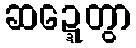
ဆဍ္ဍေတွာ